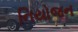
નિયોજન